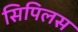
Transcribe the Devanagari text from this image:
सिपिलस